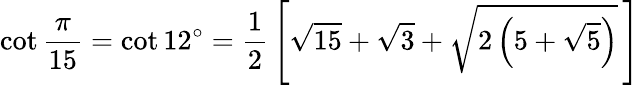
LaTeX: \cot{\frac{\pi}{15}}=\cot 12^{\circ}={\frac{1}{2}}\left[{\sqrt{15}}+{\sqrt{3}}+{\sqrt{2\left(5+{\sqrt{5}}\right)}}\, \right]